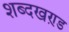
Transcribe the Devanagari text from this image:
शब्दखण़्ड